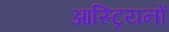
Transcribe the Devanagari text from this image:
आस्ट्रियनों